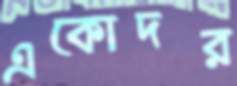
একোদর